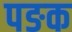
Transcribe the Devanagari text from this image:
पङक